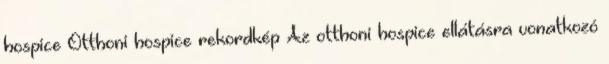
hospice Otthoni hospice rekordkép Az otthoni hospice ellátásra vonatkozó